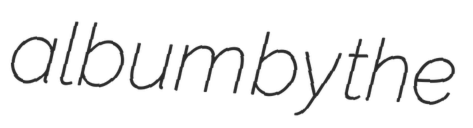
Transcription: album by the